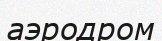
аэродром